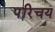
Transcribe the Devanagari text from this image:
परिचय